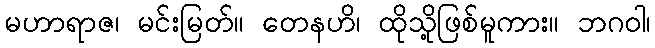
မဟာရာဇ၊ မင်းမြတ်။ တေနဟိ၊ ထိုသို့ဖြစ်မူကား။ ဘဂဝါ၊